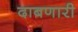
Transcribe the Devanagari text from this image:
दाबणारी